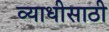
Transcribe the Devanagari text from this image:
व्याधीसाठी